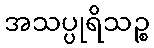
အသပ္ပုရိသဉ္စ